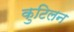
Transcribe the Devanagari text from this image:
कुटिलन